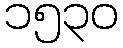
၁၅၃၀